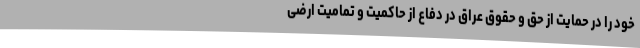
خود را در حمایت از حق و حقوق عراق در دفاع از حاکمیت و تمامیت ارضی